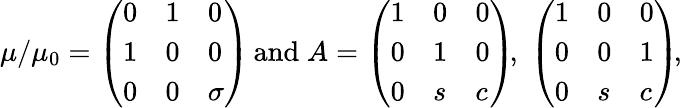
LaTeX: \mu/\mu_{0}=\left(\begin{array}{lll}{{0}}&{{1}}&{{0}}\\ {{1}}&{{0}}&{{0}}\\ {{0}}&{{0}}&{{\sigma}}\end{array}\right)\, \mathrm{and}\; A=\left(\begin{array}{lll}{{1}}&{{0}}&{{0}}\\ {{0}}&{{1}}&{{0}}\\ {{0}}&{{s}}&{{c}}\end{array}\right)\! ,\; \left(\begin{array}{lll}{{1}}&{{0}}&{{0}}\\ {{0}}&{{0}}&{{1}}\\ {{0}}&{{s}}&{{c}}\end{array}\right)\! ,